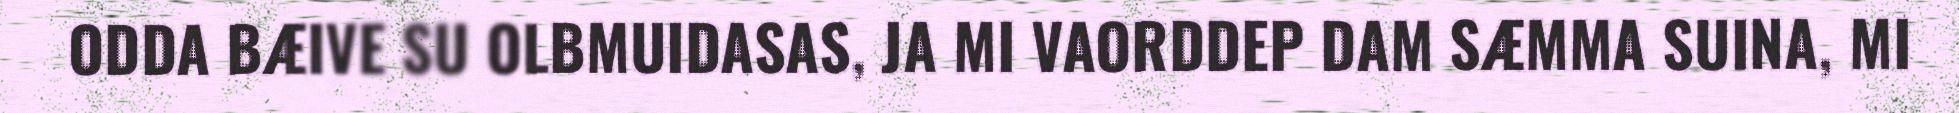
ODDA BÆIVE SU OLBMUIDASAS, JA MI VAORDDEP DAM SÆMMA SUINA, MI